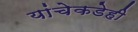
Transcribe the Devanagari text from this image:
यांचेकडेही